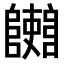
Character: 𨽄